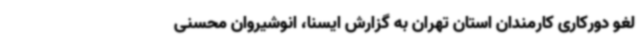
لغو دورکاری کارمندان استان تهران به گزارش ایسنا، انوشیروان محسنی